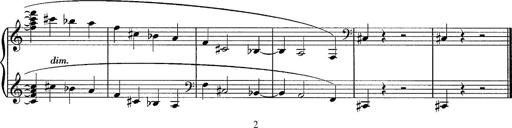
Title: R.W. - Venezia
Composer: Franz Liszt